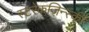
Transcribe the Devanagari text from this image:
स्टरेकजिन्स्की